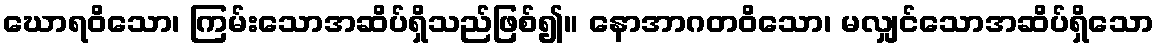
ဃောရဝိသော၊ ကြမ်းသောအဆိပ်ရှိသည်ဖြစ်၍။ နောအာဂတဝိသော၊ မလျှင်သောအဆိပ်ရှိသော